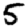
Digit: 5